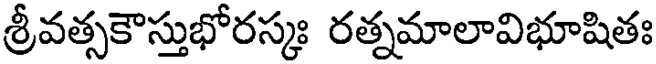
శ్రీవత్సకౌస్తుభోరస్కః రత్నమాలావిభూషితః